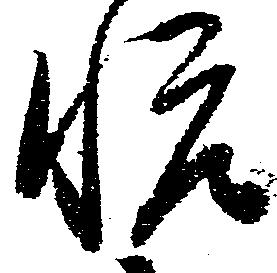
悦